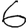
Digit: 6